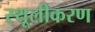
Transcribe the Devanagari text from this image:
स्थूलीकरण